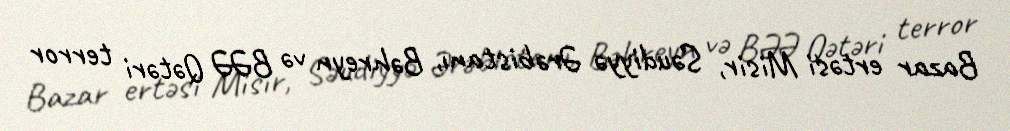
Bazar ertəsi Misir, Səudiyyə Ərəbistanı, Bəhreyn və BƏƏ Qətəri terror